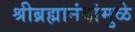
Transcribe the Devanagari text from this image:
श्रीब्रह्मानंदांमुळे